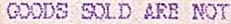
GOODS SOLD ARE NOT